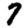
Digit: 7